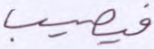
فيصيب